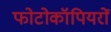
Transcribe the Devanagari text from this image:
फोटोकॉपियरों